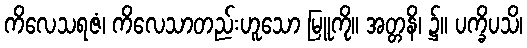
ကိလေသရဇံ၊ ကိလေသာတည်းဟူသော မြူကို။ အတ္တနိ၊ ၌။ ပက္ခိပသိ၊